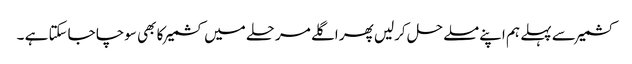
کشمیر سے پہلے ہم اپنے مسلے حل کرلیں پھر اگلے مرحلے میں کشمیر کا بھی سوچا جاسکتا ہے ۔